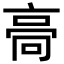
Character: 䯧